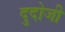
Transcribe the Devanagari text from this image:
दुदोजी